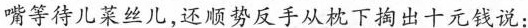
嘴等待儿菜丝儿,还顺势反手从枕下掏出十元钱说: